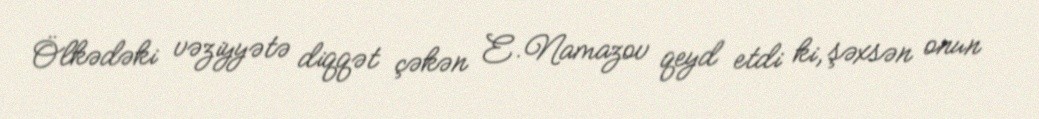
Ölkədəki vəziyyətə diqqət çəkən E.Namazov qeyd etdi ki, şəxsən onun